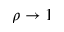
\rho \rightarrow 1